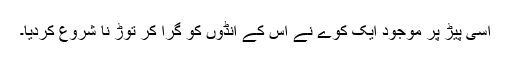
اسی پیڑ پر موجود ایک کوّے نے اس کے انڈوں کو گرا کر توڑ نا شروع کردیا۔